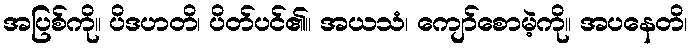
အပြစ်ကို။ ပိဒဟတိ၊ ပိတ်ပင်၏။ အယသံ၊ ကျော်စောမဲ့ကို။ အပနေတိ၊